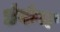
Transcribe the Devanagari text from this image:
डंकंन